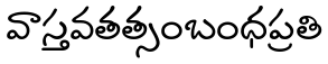
వాస్తవతత్సంబంధప్రతి